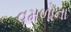
વમળોના